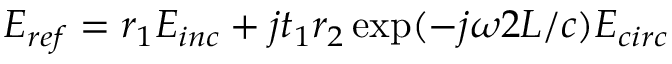
E _ { r e f } = r _ { 1 } E _ { i n c } + j t _ { 1 } r _ { 2 } \exp ( - j \omega 2 L / c ) E _ { c i r c }